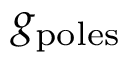
g _ { \mathrm { p o l e s } }